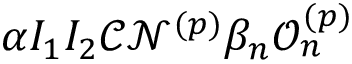
\alpha I _ { 1 } I _ { 2 } \mathcal { C } \mathcal { N } ^ { ( { p } ) } \beta _ { n } \mathcal { O } _ { n } ^ { ( { p } ) }